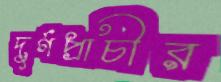
দুর্গপ্রাচীর